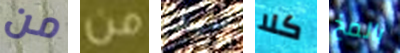
من من سيد كلا بالمخ